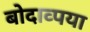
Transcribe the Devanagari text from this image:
बोदाव्पया